Leprosy in India: report of the Leprosy Commission in India, 1890-91
Year: 1890
Disease focus: Leprosy
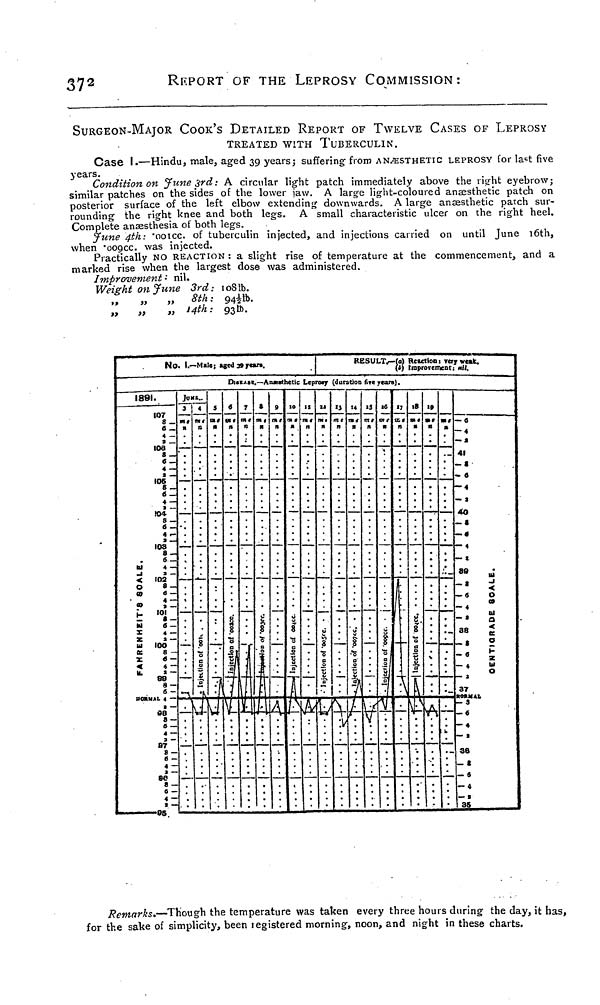
372
REPORT OF THE LEPROSY COMMISSION:
SURGEON-MAJOR COOK'S DETAILED REPORT OF TWELVE CASES OF LEPROSY
TREATED WITH TUBERCULIN.
Case I.—Hindu, male, aged 39 years ; suffering from ANÆSTHETIC LEPROSY for last five
years.
Condition on June 3rd: A circular light patch immediately above the right eyebrow;
similar patches on the sides of the lower jaw. A large light-coloured anaesthetic patch on
posterior surface of the left elbow extending downwards. A large anaesthetic patch sur-
rounding the right knee and both legs. A small characteristic ulcer on the right heel.
Complete anaesthesia of both legs.
June 4th: "ooicc. of tuberculin injected, and injections carried on until June 16th,
when "009cc. was injected.
Practically NO REACTION : a slight rise of temperature at the commencement, and a
marked rise when the largest dose was administered.
Improvement : nil.
Weight on June 3rd: 108lb.
,7
„
„
8th: 941/2lb.
„
„
« 14th: 93lb.
Remarks.—Though the temperature was taken every three hours during the day, it has,
for the sake of simplicity, been registered morning, noon, and night in these charts.